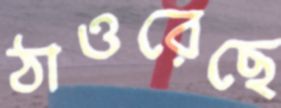
ঠাওরেছে